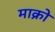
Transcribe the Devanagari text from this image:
माक्रो